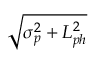
\sqrt { \sigma _ { p } ^ { 2 } + L _ { p h } ^ { 2 } }